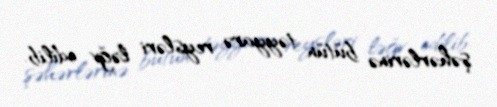
şəhərlərinə bütün təyyarə reysləri ləğv edilib.